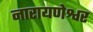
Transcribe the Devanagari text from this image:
नारायणेश्वर